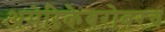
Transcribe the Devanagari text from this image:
अमेरिकेबरोबरच